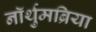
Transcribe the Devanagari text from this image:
नॉर्थुमब्रिया